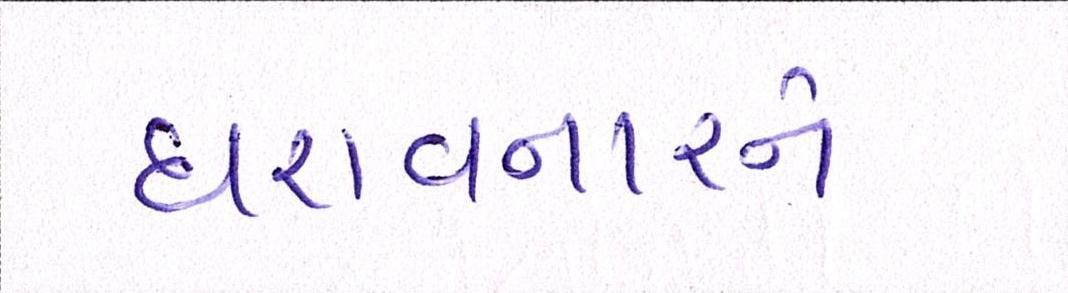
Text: ધરાવનારને